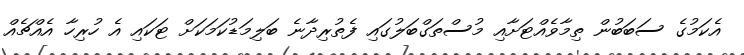
އެކަމުގެ ސަބަބުން ތިމާވެއްޓަށާއި މުސްތަގްބަލުގައި ފެތުރިދާނެ ބަލިމަޑުކަމަކަށް ޓަކައި އެ ހުރިހާ އެއްޗެއް